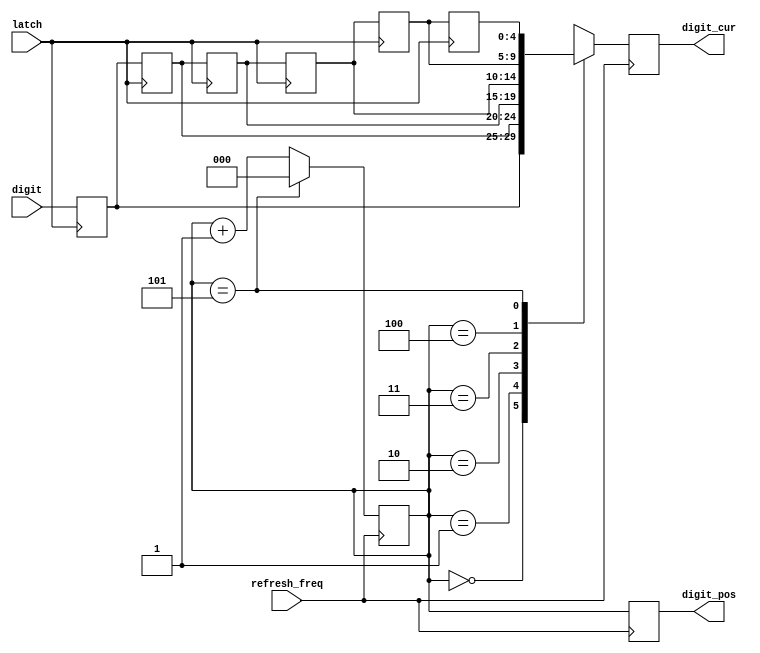
module display (
	input[4:0] digit,
	input latch,
	input refresh_freq,

	output reg[2:0] digit_pos,
	output reg[4:0] digit_cur
);

reg[4:0] shift_reg[5:0];

always @ (negedge latch) begin
	shift_reg[0] <= digit;
	shift_reg[1] <= shift_reg[0];
	shift_reg[2] <= shift_reg[1];
	shift_reg[3] <= shift_reg[2];
	shift_reg[4] <= shift_reg[3];
	shift_reg[5] <= shift_reg[4];
end

reg[2:0] digit_i = 3'd0;

always @ (posedge refresh_freq) begin
	digit_i <= digit_i + 3'd1;
	if (digit_i == 3'd5)
		digit_i <= 3'd0;

	digit_pos <= digit_i;
	digit_cur <= shift_reg[digit_i];
end

endmodule